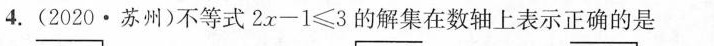
4. (2020 · 苏州)不等式2x-1≤3的解集在数轴上表示正确的是